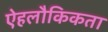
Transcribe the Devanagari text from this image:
ऐहलौकिकता